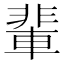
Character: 輩